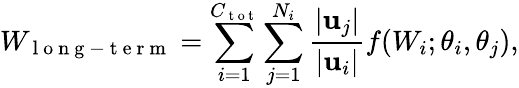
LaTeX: W_{\mathrm{~l~o~n~g~-~t~e~r~m~}}=\sum_{i=1}^{C_{\mathrm{~t~o~t~}}}\sum_{j=1}^{N_{i}}\frac{\lvert\mathbf{u}_{j}\rvert}{\lvert\mathbf{u}_{i}\rvert}f(W_{i};\theta_{i},\theta_{j}),